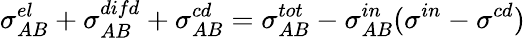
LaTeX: \sigma_{AB}^{el}+\sigma_{AB}^{difd}+\sigma_{AB}^{cd}=\sigma_{AB}^{tot}-\sigma_{AB}^{in}(\sigma^{in}-\sigma^{cd})